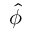
\hat { \phi }